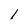
Character: 1